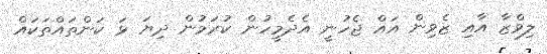
ލިވްޒާ އާއި ޒެވިން އައް ޖެހުނީ އެދެމީހުން ކުރަމުން ދިޔަ ޅަަ ކަންތައްތަކައް